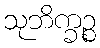
သုဘိက္ခဉ္စ